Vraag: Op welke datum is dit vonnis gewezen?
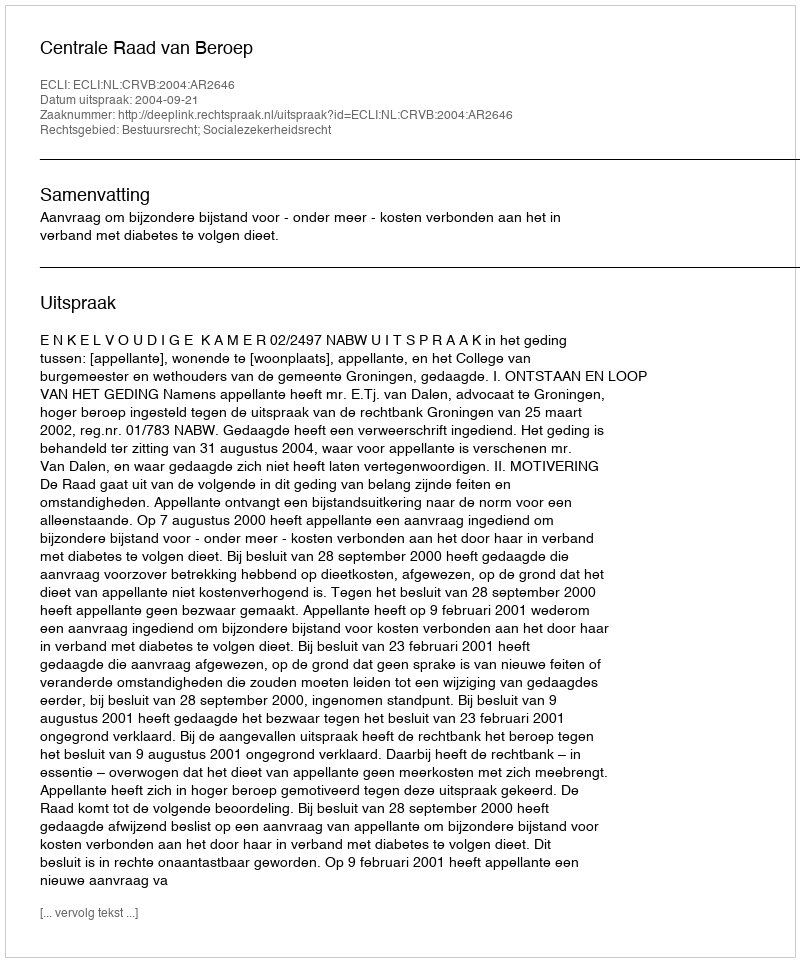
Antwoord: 2004-09-21